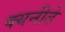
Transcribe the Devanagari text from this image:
क्यनीते